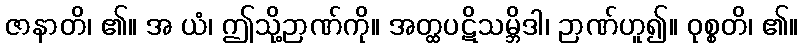
ဇာနာတိ၊ ၏။ အ ယံ၊ ဤသို့ဉာဏ်ကို။ အတ္ထပဋိသမ္ဘိဒါ၊ ဉာဏ်ဟူ၍။ ဝုစ္စတိ၊ ၏။